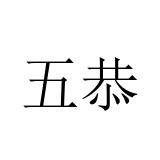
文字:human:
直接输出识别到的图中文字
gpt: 五恭